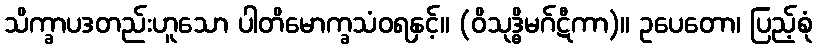
သိက္ခာပဒတည်းဟူသော ပါတိမောက္ခသံဝရနှင့်။ (ဝိသုဒ္ဓိမဂ်ဋီကာ)။ ဥပေတော၊ ပြည့်စုံ